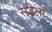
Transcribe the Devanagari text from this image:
संडेला